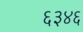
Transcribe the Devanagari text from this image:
६३४६